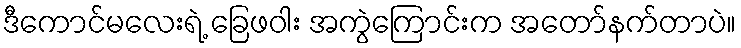
ဒီကောင်မလေးရဲ့ ခြေဖဝါး အကွဲကြောင်းက အတော်နက်တာပဲ။